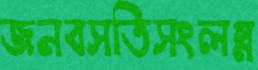
জনবসতিসংলগ্ন